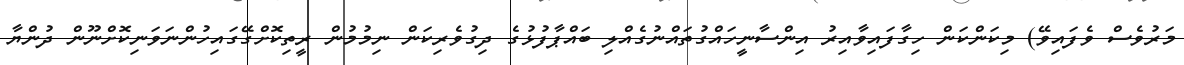
މަރުވެސް ވެފައިވޭ) މިކަންކަން ހިގާފައިވާއިރު އިންސާނީހައްގުތައްނުގެއްލި ބައްޕާފުޅުގެ ދިގުވެރިކަން ނިމުމުން ރީތިކޮށްގޭގައިހުންނަވަނިކޮށްނޫން ދުންޔާ